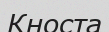
Кноста